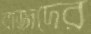
রাজদের